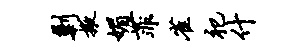
剿掖媚菲雀祀什